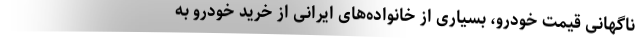
ناگهانی قیمت خودرو، بسیاری از خانواده‌های ایرانی از خرید خودرو به